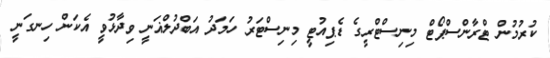
ކުރުމުން ޓްރާންސްޕޯޓް މިނިސްޓްރީގެ ޑެޕިއުޓީ މިނިސްޓަރު ހަމަދު އަބްދުލްޣަނީ ވިދާޅުވީ އެކަން ހިނގަނީ